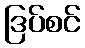
ဒြပ်စင်